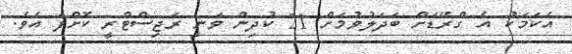
އެކަމަކު އެ ގްރޭޑަށް ބަދަލުވުމަށް 21 ކުދިން ވަނީ ރަޖިސްޓްރީ ކޮށްފަ އެވެ.